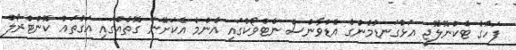
ފަހުގެ ޓެކްނޮލޮޖީ އަޅުގަނޑުމެންގެ އެޑްވާންސް ނެޓްވޯކުގައި އެންމެ އެކަށޭނަ ގޮތެއްގައި އަގުތައް ކޮންޓްރޯލް